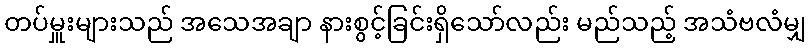
တပ်မှူးများသည် အသေအချာ နားစွင့်ခြင်းရှိသော်လည်း မည်သည့် အသံဗလံမျှ